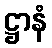
ဋ္ဌာနံ